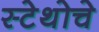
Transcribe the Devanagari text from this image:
स्टेथोचे